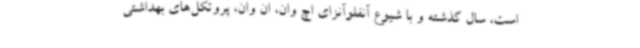
است، سال گذشته و با شیوع آنفلوآنزای اچ وان، ان وان، پروتکل‌های بهداشتی